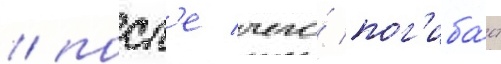
/ посл'е чего́ пог'иба́ет